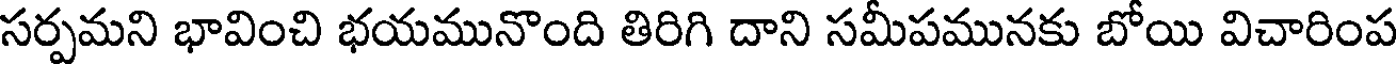
సర్పమని భావించి భయమునొంది తిరిగి దాని సమీపమునకు బోయి విచారింప